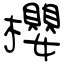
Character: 櫻